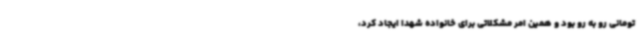
تومانی رو به رو بود و همین امر مشکلاتی برای خانواده شهدا ایجاد کرد،